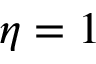
\eta = 1